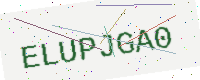
Text: ELUPJGA0